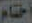
اختام